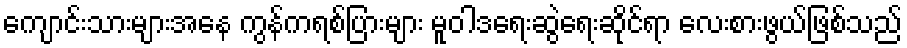
ကျောင်းသားများအနေ ကွန်ကရစ်ပြားများ မူဝါဒရေးဆွဲရေးဆိုင်ရာ လေးစားဖွယ်ဖြစ်သည်